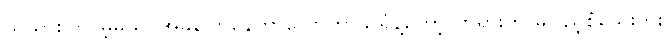
သိသွားပါလိမ့်မယ်၊ အခုပြောနေတာလောက် သိရုံနဲ့တော့ တရားက မပြည့်စုံသေးဘူး၊